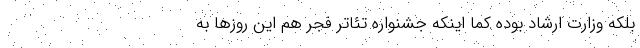
بلکه وزارت ارشاد بوده کما اینکه جشنواره تئاتر فجر هم این روز‌ها به